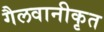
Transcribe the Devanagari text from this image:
गैलवानीकृत